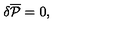
\delta { \overline { { \cal P } } } = 0 ,